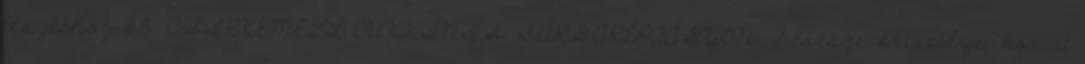
tésztához kb. CSIRKEMELL CUKKINIS SÁRGARÉPAÁGYON. 2 csésze kristálycukor. A